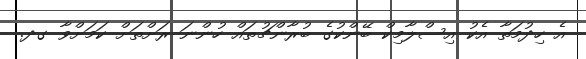
އެ ހިދުމަތާ އެކު އިސްލާމިކް ބޭންކުގެ ބުރާންޗުތައް ހުންނަ ރަށްތަށް ކަމަށްވާ ގދ.